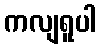
ကလျရူပါ